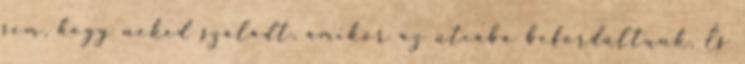
sem, hogy neked szaladt, amikor az utcába befordultunk. És